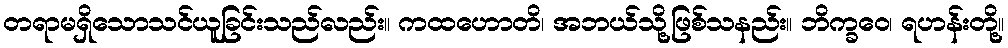
တရာမရှိသောသင်ယူခြင်းသည်လည်း။ ကထဟောတိ၊ အဘယ်သို့ဖြစ်သနည်း။ ဘိက္ခဝေ၊ ရဟန်းတို့။